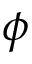
\phi